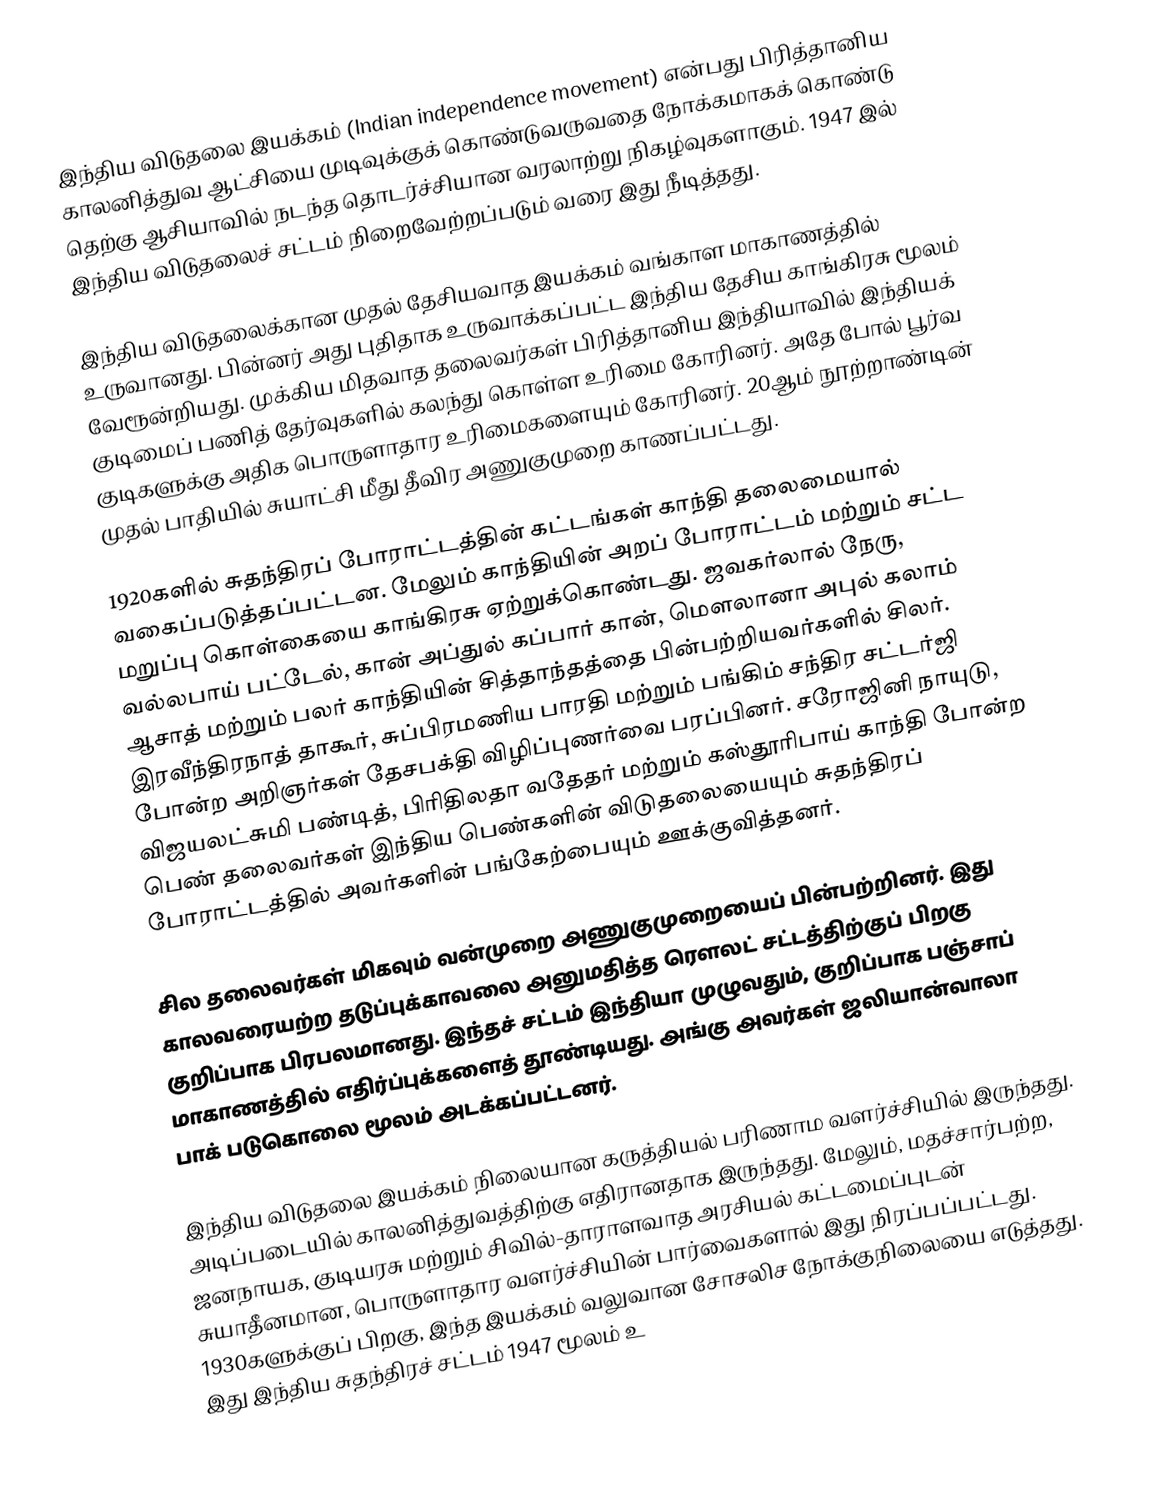
இந்திய விடுதலை இயக்கம் (Indian independence movement) என்பது பிரித்தானிய காலனித்துவ ஆட்சியை முடிவுக்குக் கொண்டுவருவதை நோக்கமாகக் கொண்டு தெற்கு ஆசியாவில் நடந்த தொடர்ச்சியான வரலாற்று நிகழ்வுகளாகும். 1947 இல் இந்திய விடுதலைச் சட்டம் நிறைவேற்றப்படும் வரை இது நீடித்தது.

இந்திய விடுதலைக்கான முதல் தேசியவாத இயக்கம் வங்காள மாகாணத்தில் உருவானது. பின்னர் அது புதிதாக உருவாக்கப்பட்ட இந்திய தேசிய காங்கிரசு மூலம் வேரூன்றியது. முக்கிய மிதவாத தலைவர்கள் பிரித்தானிய இந்தியாவில் இந்தியக் குடிமைப் பணித் தேர்வுகளில் கலந்து கொள்ள உரிமை கோரினர். அதே போல் பூர்வ குடிகளுக்கு அதிக பொருளாதார உரிமைகளையும் கோரினர். 20ஆம் நூற்றாண்டின் முதல் பாதியில் சுயாட்சி மீது தீவிர அணுகுமுறை காணப்பட்டது.

1920களில் சுதந்திரப் போராட்டத்தின் கட்டங்கள் காந்தி தலைமையால் வகைப்படுத்தப்பட்டன. மேலும் காந்தியின் அறப் போராட்டம் மற்றும் சட்ட மறுப்பு கொள்கையை காங்கிரசு ஏற்றுக்கொண்டது. ஜவகர்லால் நேரு, வல்லபாய் பட்டேல், கான் அப்துல் கப்பார் கான், மௌலானா அபுல் கலாம் ஆசாத் மற்றும் பலர் காந்தியின் சித்தாந்தத்தை பின்பற்றியவர்களில் சிலர். இரவீந்திரநாத் தாகூர், சுப்பிரமணிய பாரதி மற்றும் பங்கிம் சந்திர சட்டர்ஜி போன்ற அறிஞர்கள் தேசபக்தி விழிப்புணர்வை பரப்பினர். சரோஜினி நாயுடு, விஜயலட்சுமி பண்டித், பிரிதிலதா வதேதர் மற்றும் கஸ்தூரிபாய் காந்தி போன்ற பெண் தலைவர்கள் இந்திய பெண்களின் விடுதலையையும் சுதந்திரப் போராட்டத்தில் அவர்களின் பங்கேற்பையும் ஊக்குவித்தனர்.

சில தலைவர்கள் மிகவும் வன்முறை அணுகுமுறையைப் பின்பற்றினர். இது காலவரையற்ற தடுப்புக்காவலை அனுமதித்த ரௌலட் சட்டத்திற்குப் பிறகு குறிப்பாக பிரபலமானது. இந்தச் சட்டம் இந்தியா முழுவதும், குறிப்பாக பஞ்சாப் மாகாணத்தில் எதிர்ப்புக்களைத் தூண்டியது. அங்கு அவர்கள் ஜலியான்வாலா பாக் படுகொலை மூலம் அடக்கப்பட்டனர்.

இந்திய விடுதலை இயக்கம் நிலையான கருத்தியல் பரிணாம வளர்ச்சியில் இருந்தது. அடிப்படையில் காலனித்துவத்திற்கு எதிரானதாக இருந்தது. மேலும், மதச்சார்பற்ற, ஜனநாயக, குடியரசு மற்றும் சிவில்-தாராளவாத அரசியல் கட்டமைப்புடன் சுயாதீனமான, பொருளாதார வளர்ச்சியின் பார்வைகளால் இது நிரப்பப்பட்டது. 1930களுக்குப் பிறகு, இந்த இயக்கம் வலுவான சோசலிச நோக்குநிலையை எடுத்தது. இது இந்திய சுதந்திரச் சட்டம் 1947 மூலம் உ